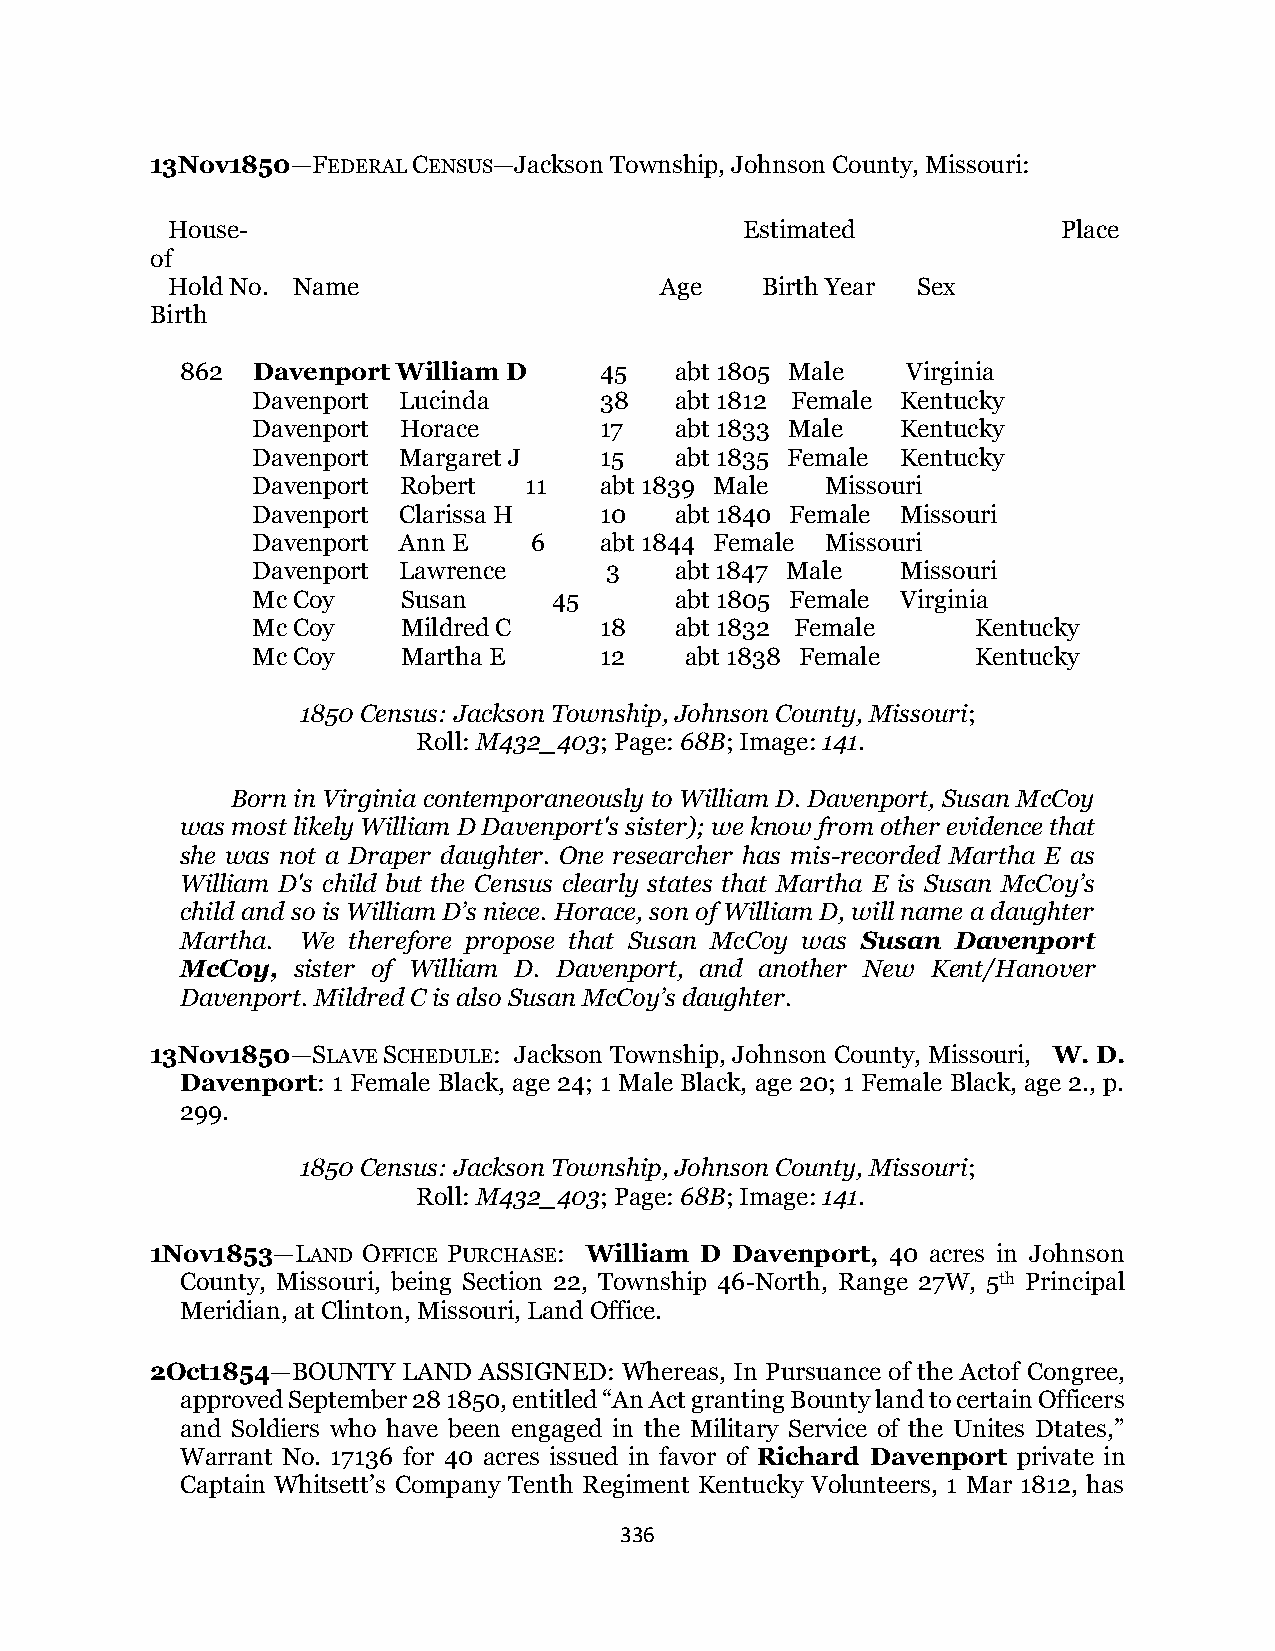
13Nov1850—FEDERAL CENSUS—Jackson Township, Johnson County, Missouri:
 House-                                Estimated            Place
 of
 Hold No. Name                    Age   Birth Year Sex
 Birth
 862  Davenport William D    45   abt 1805 Male  Virginia
 Davenport Lucinda      38   abt 1812 Female Kentucky
 Davenport Horace       17   abt 1833 Male  Kentucky
 Davenport Margaret J   15   abt 1835 Female Kentucky
 Davenport Robert  11   abt 1839 Male  Missouri
 Davenport Clarissa H   10   abt 1840 Female Missouri
 Davenport Ann E   6    abt 1844 Female Missouri
 Davenport Lawrence     3    abt 1847 Male  Missouri
 Mc Coy    Susan     45      abt 1805 Female Virginia
 Mc Coy    Mildred C    18   abt 1832 Female     Kentucky
 Mc Coy    Martha E     12   abt 1838 Female     Kentucky
 1850 Census: Jackson Township, Johnson County, Missouri;
 Roll: M432_403; Page: 68B; Image: 141.
 Born in Virginia contemporaneously to William D. Davenport, Susan McCoy
 was most likely William D Davenport's sister); we know from other evidence that
 she was not a Draper daughter. One researcher has mis-recorded Martha E as
 William D's child but the Census clearly states that Martha E is Susan McCoy’s
 child and so is William D’s niece. Horace, son of William D, will name a daughter
 Martha. We therefore propose that Susan McCoy was Susan Davenport
 McCoy, sister of William D. Davenport, and another New Kent/Hanover
 Davenport. Mildred C is also Susan McCoy’s daughter.
 13Nov1850—SLAVE SCHEDULE: Jackson Township, Johnson County, Missouri, W. D.
 Davenport: 1 Female Black, age 24; 1 Male Black, age 20; 1 Female Black, age 2., p.
 299.
 1850 Census: Jackson Township, Johnson County, Missouri;
 Roll: M432_403; Page: 68B; Image: 141.
 1Nov1853—LAND OFFICE PURCHASE: William D Davenport, 40 acres in Johnson
 County, Missouri, being Section 22, Township 46-North, Range 27W, 5th Principal
 Meridian, at Clinton, Missouri, Land Office.
 2Oct1854—BOUNTY  LAND ASSIGNED: Whereas, In Pursuance of the Actof Congree,
 approved September 28 1850, entitled “An Act granting Bounty land to certain Officers
 and Soldiers who have been engaged in the Military Service of the Unites Dtates,”
 Warrant No. 17136 for 40 acres issued in favor of Richard Davenport private in
 Captain Whitsett’s Company Tenth Regiment Kentucky Volunteers, 1 Mar 1812, has
 336